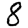
Digit: 8